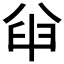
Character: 𫤮